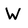
Character: W